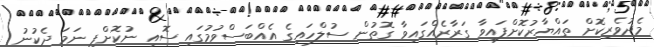
މެދުވެރިކޮށް ތައްޔާރުކޮށްފައިވާ ގަރާރެއްގައިވާ ގޮތުން ސުލްހައިގެ އެއްބަސްވުމުގައި ސޮއި ނުކޮށްފި ނަމަ ދެކުނު